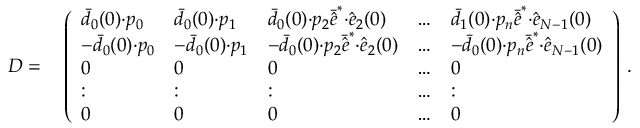
\begin{array} { r l } { D = } & { { } \left( \begin{array} { l l l l l } { \bar { d } _ { 0 } ( 0 ) { \cdot } p _ { 0 } } & { \bar { d } _ { 0 } ( 0 ) { \cdot } p _ { 1 } } & { \bar { d } _ { 0 } ( 0 ) { \cdot } p _ { 2 } \bar { \hat { e } } ^ { * } { \cdot } \hat { e } _ { 2 } ( 0 ) } & { \dots } & { \bar { d } _ { 1 } ( 0 ) { \cdot } p _ { n } \bar { \hat { e } } ^ { * } { \cdot } \hat { e } _ { N - 1 } ( 0 ) } \\ { - \bar { d } _ { 0 } ( 0 ) { \cdot } p _ { 0 } } & { - \bar { d } _ { 0 } ( 0 ) { \cdot } p _ { 1 } } & { - \bar { d } _ { 0 } ( 0 ) { \cdot } p _ { 2 } \bar { \hat { e } } ^ { * } { \cdot } \hat { e } _ { 2 } ( 0 ) } & { \dots } & { - \bar { d } _ { 0 } ( 0 ) { \cdot } p _ { n } \bar { \hat { e } } ^ { * } { \cdot } \hat { e } _ { N - 1 } ( 0 ) } \\ { 0 } & { 0 } & { 0 } & { \dots } & { 0 } \\ { : } & { : } & { : } & { \dots } & { : } \\ { 0 } & { 0 } & { 0 } & { \dots } & { 0 } \end{array} \right) \, . } \end{array}